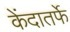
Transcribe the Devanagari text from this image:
केंदातर्फे